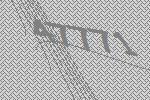
47771